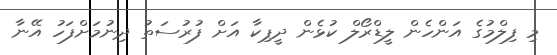
މި ފިލްމުގެ އަންހެން ލީޑްރޯލް ކުޅެން ދީޕިކާ އަށް ފުރުސަތު ދިނުމަށްފަހު އޭނާ